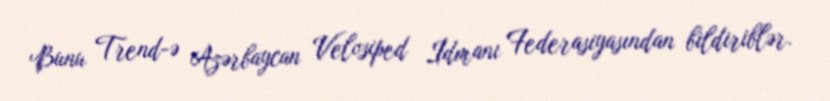
Bunu Trend-ə Azərbaycan Velosiped İdmanı Federasiyasından bildiriblər.